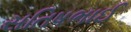
સતિષભાઈ